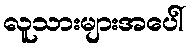
လူသားများအပေါ်